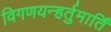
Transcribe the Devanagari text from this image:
विगणयन्हर्तुमार्तिं